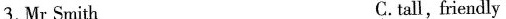
3.Mr Smith C.tall, friendly